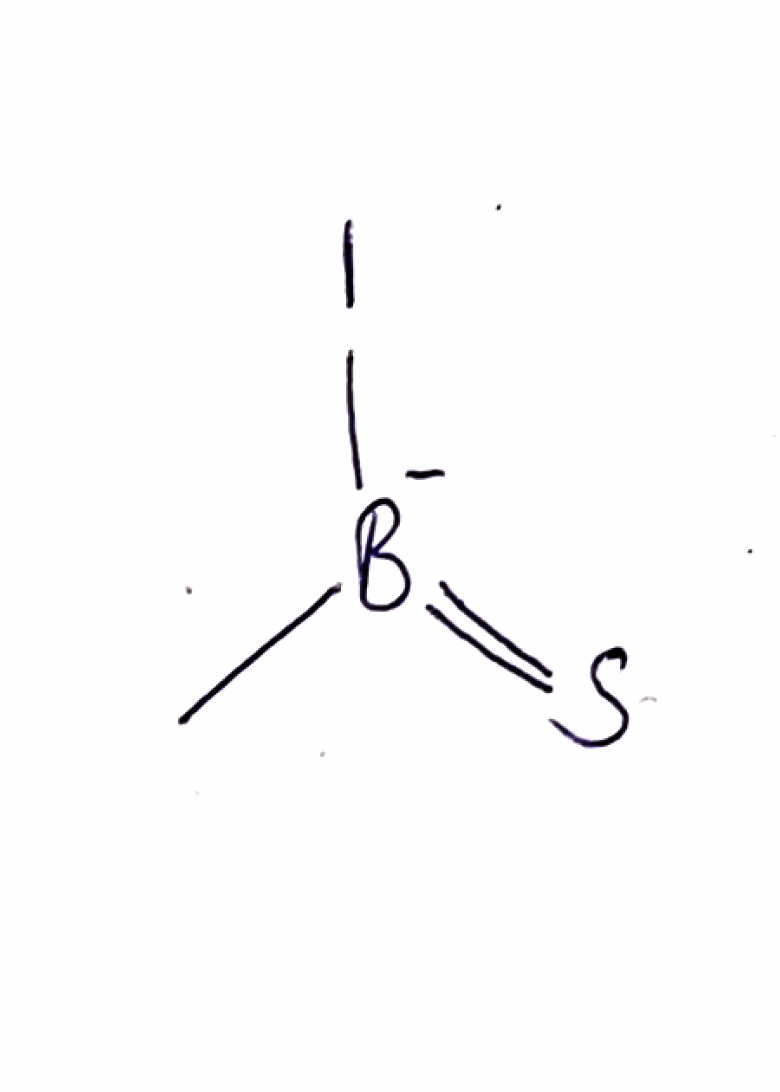
Simplified molecular-input line-entry system (SMILES) notation of the given molecule:
[B-](=S)(C)I